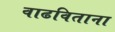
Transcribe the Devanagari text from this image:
वाढविताना